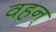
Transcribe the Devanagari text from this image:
वहन्